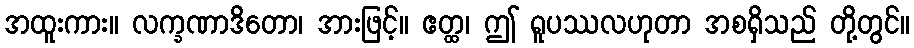
အထူးကား။ လက္ခဏာဒိတော၊ အားဖြင့်။ ဧတ္ထ၊ ဤ ရူပဿလဟုတာ အစရှိသည် တို့တွင်။